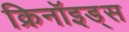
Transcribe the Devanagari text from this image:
क्रिनॉइड्स